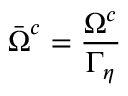
\bar { \boldsymbol { \Omega } } ^ { c } = \frac { \boldsymbol { \Omega } ^ { c } } { \Gamma _ { \eta } }